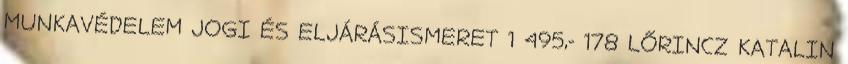
MUNKAVÉDELEM JOGI ÉS ELJÁRÁSISMERET 1 495,- 178 LŐRINCZ KATALIN